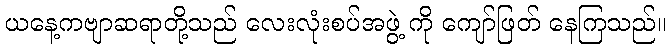
ယနေ့ကဗျာဆရာတို့သည် လေးလုံးစပ်အဖွဲ့ ကို ကျော်ဖြတ် နေကြသည်။